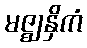
မဇ္ဈနှိကံ